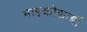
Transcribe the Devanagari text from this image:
माइक्रोकार्बो